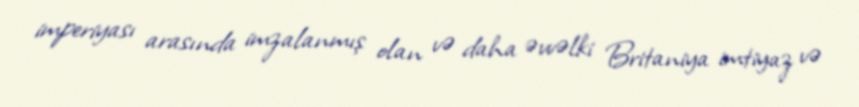
imperiyası arasında imzalanmış olan və daha əvvəlki Britaniya imtiyaz və